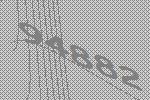
94882